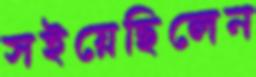
সইয়েছিলেন